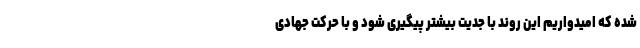
شده که امیدواریم این روند با جدیت بیشتر پیگیری شود و با حرکت جهادی